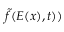
\tilde { f } ( E ( x ) , t ) )